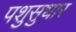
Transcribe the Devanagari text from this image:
पशुसुधार